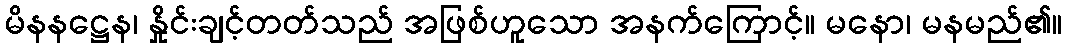
မိနနဋ္ဌေန၊ နှိုင်းချင့်တတ်သည် အဖြစ်ဟူသော အနက်ကြောင့်။ မနော၊ မနမည်၏။